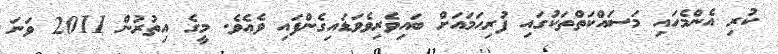
ކުރި އެންމެހައި މަސައްކަތްތަކުގައި ފުރިހަމައަށް ބައިވެރިވެވަޑައިގެންފައި ވެއެވެ. މީގެ އިތުރުން 2011 ވަނަ